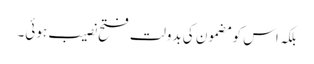
بلکہ اس کو مضمون کی بدولت فتح نصیب ہوئی۔